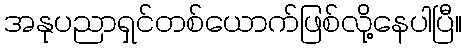
အနုပညာရှင်တစ်ယောက်ဖြစ်လို့နေပါပြီ။